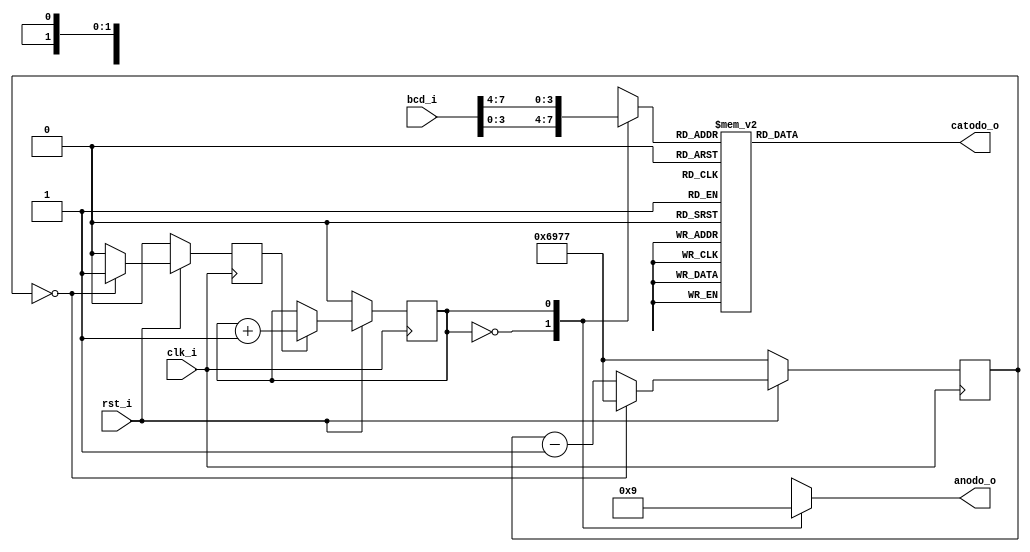
module module_7_segments # (

    parameter DISPLAY_REFRESH = 27000
)(

    input clk_i,
    input rst_i,

    input [7 : 0] bcd_i,

    output reg [1 : 0] anodo_o,
    output reg [6 : 0] catodo_o
);

    localparam WIDTH_DISPLAY_COUNTER = $clog2(DISPLAY_REFRESH);
    reg [WIDTH_DISPLAY_COUNTER - 1 : 0] cuenta_salida;

    reg [3 : 0] digito_o;

    reg en_conmutador;
    reg decena_unidad;

    //Output refresh counter
    always @ (posedge clk_i) begin
        
        if(!rst_i) begin
        
            cuenta_salida <= DISPLAY_REFRESH - 1;
            en_conmutador <= 0;
        end

        else begin 

            if(cuenta_salida == 0) begin
                
                cuenta_salida <= DISPLAY_REFRESH - 1;
                en_conmutador <= 1;
            end

            else begin

                cuenta_salida <= cuenta_salida - 1'b1;
                en_conmutador <= 0;
            end
        end
    end

    //1 bit counter
    always @ (posedge clk_i) begin
        
        if(!rst_i) begin
        
            decena_unidad <= 0;
        end

        else begin 

            if(en_conmutador == 1'b1) begin
                
                decena_unidad <= decena_unidad + 1'b1;
            end

            else begin

                decena_unidad <= decena_unidad;
            end
        end
    end

     //Multiplexed digits
    always @(decena_unidad) begin

        digito_o = 0;
        anodo_o = 2'b11;
        
        case(decena_unidad) 
            
            1'b0 : begin
                
                anodo_o  = 2'b10;
                digito_o = bcd_i [3 : 0];
            end

            1'b1 : begin
                
                anodo_o  = 2'b01;
                digito_o = bcd_i [7 : 4]; 
            end

            default: begin
                
                anodo_o  = 2'b11;
                digito_o = 0;
            end
        endcase
    end

    //BCD to 7 segments
    always @ (digito_o) begin

        catodo_o  = 7'b1111111;
            
        case(digito_o)

                4'd0: catodo_o  = 7'b1000000;
                4'd1: catodo_o  = 7'b1111001;
                4'd2: catodo_o  = 7'b0100100;
                4'd3: catodo_o  = 7'b0110000;
                4'd4: catodo_o  = 7'b0011001;
                4'd5: catodo_o  = 7'b0010010;
                4'd6: catodo_o  = 7'b0000010;
                4'd7: catodo_o  = 7'b1111000;
                4'd8: catodo_o  = 7'b0000000;
                4'd9: catodo_o  = 7'b0010000;
                default: catodo_o  = 7'b1111111;

        endcase
    end
endmodule